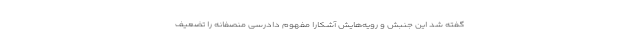
گفته شد این جنبش و رویه‌هایش آشکارا مفهوم دادرسی منصفانه را تضعیف